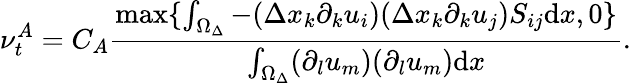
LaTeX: \nu_{t}^{A}=C_{A}\frac{\mathrm{max}\{ \int_{\Omega_{\Delta}}-(\Delta x_{k}\partial_{k}u_{i})(\Delta x_{k}\partial_{k}u_{j})S_{ij}\mathrm{d}x,0\} }{\int_{\Omega_{\Delta}}(\partial_{l}u_{m})(\partial_{l}u_{m})\mathrm{d}x}.